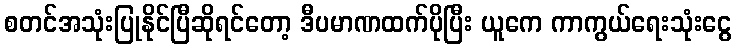
စတင်အသုံးပြုနိုင်ပြီဆိုရင်တော့ ဒီပမာဏထက်ပိုပြီး ယူကေ ကာကွယ်ရေးသုံးငွေ